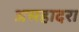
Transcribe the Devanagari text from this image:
असहादरा